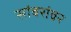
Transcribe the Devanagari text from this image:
सांबरांवर